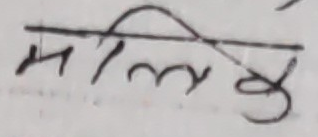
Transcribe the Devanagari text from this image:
मल्लु